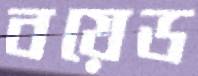
বয়েড